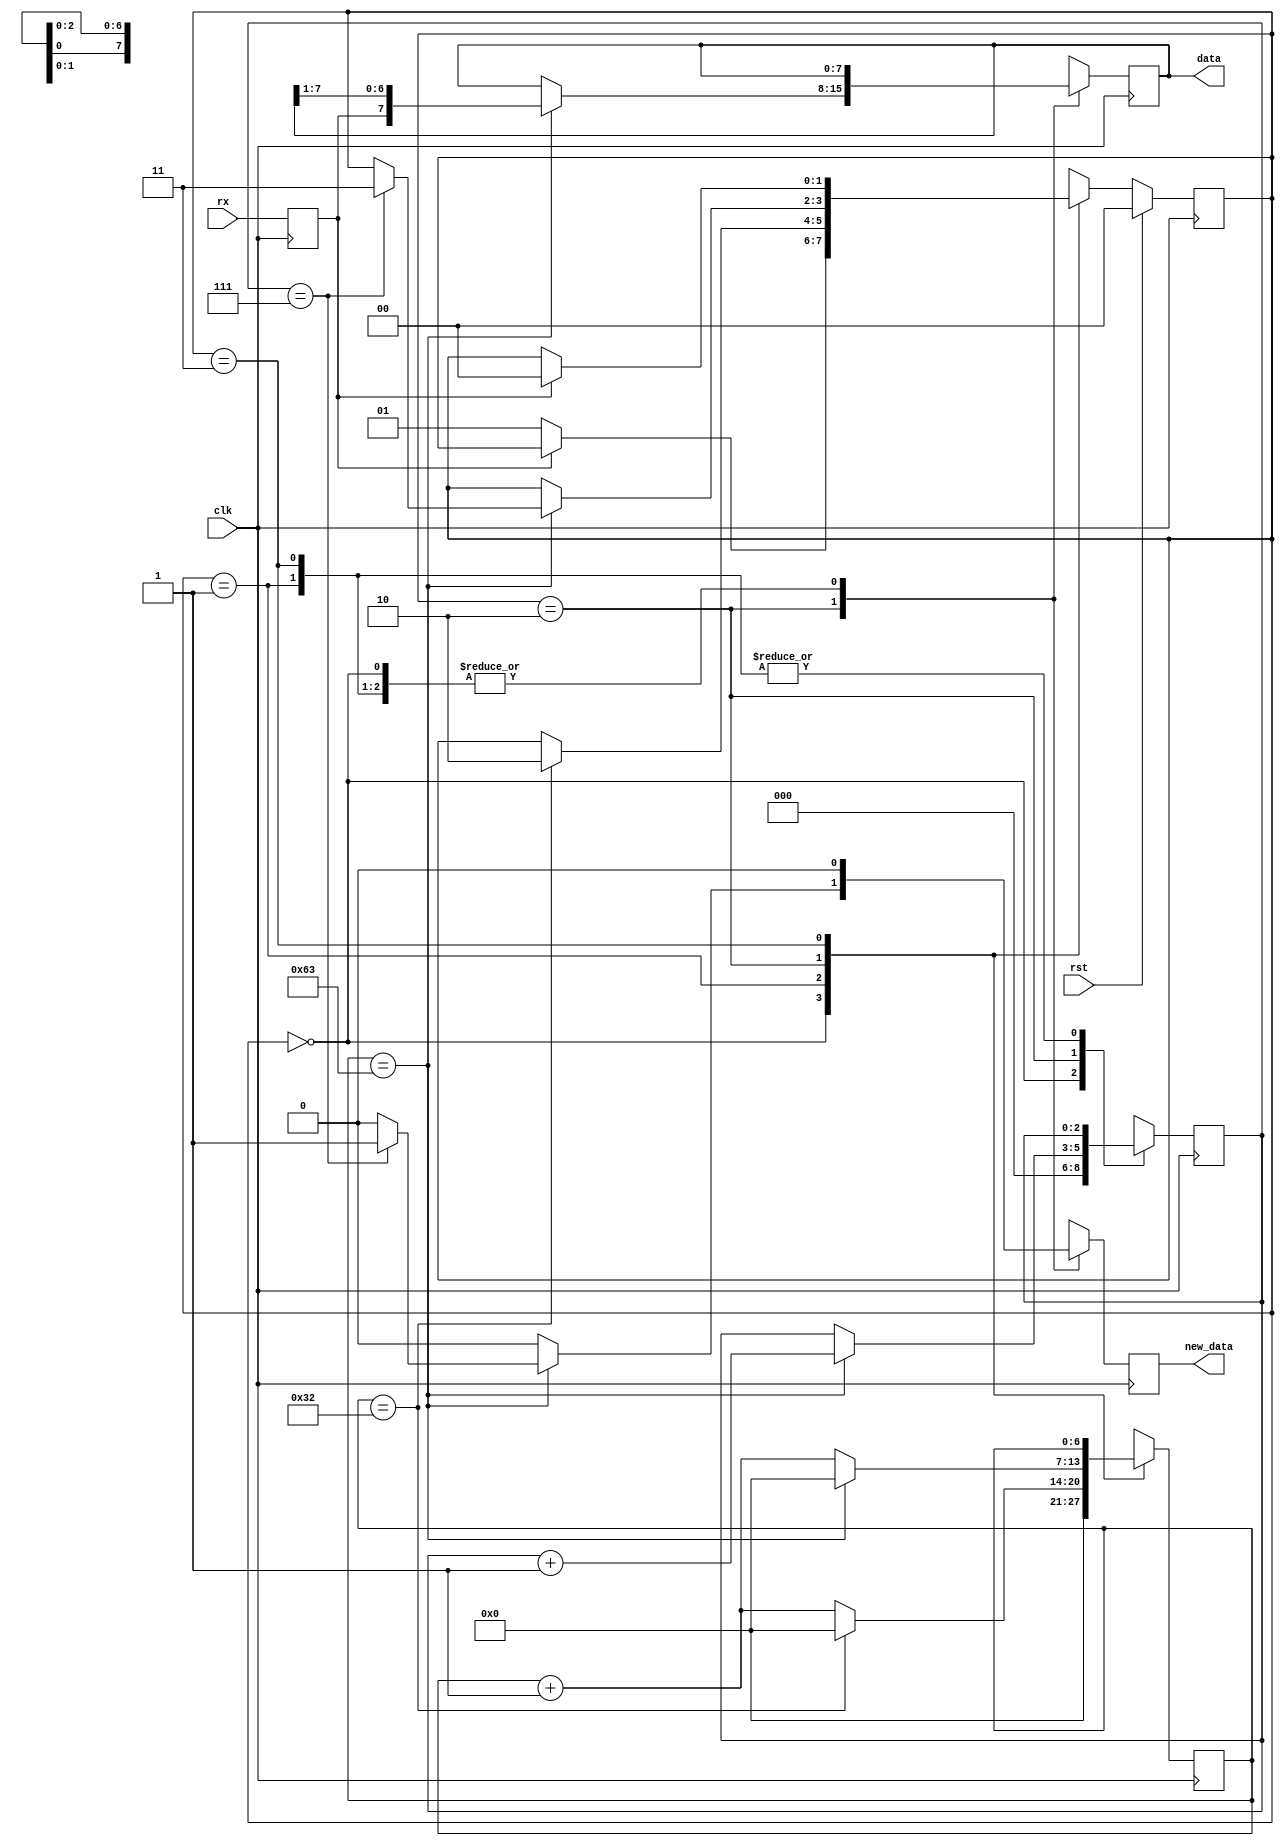
/*
   This file was generated automatically by Alchitry Labs version 1.1.5.
   Do not edit this file directly. Instead edit the original Lucid source.
   This is a temporary file and any changes made to it will be destroyed.
*/

/*
   Parameters:
     CLK_FREQ = CLK_FREQ
     BAUD = BAUD
*/
module uart_rx_12 (
    input clk,
    input rst,
    input rx,
    output reg [7:0] data,
    output reg new_data
  );
  
  localparam CLK_FREQ = 26'h2faf080;
  localparam BAUD = 19'h7a120;
  
  
  localparam CLK_PER_BIT = 28'h0000064;
  
  localparam CTR_SIZE = 3'h7;
  
  localparam IDLE_state = 2'd0;
  localparam WAIT_HALF_state = 2'd1;
  localparam WAIT_FULL_state = 2'd2;
  localparam WAIT_HIGH_state = 2'd3;
  
  reg [1:0] M_state_d, M_state_q = IDLE_state;
  reg [6:0] M_ctr_d, M_ctr_q = 1'h0;
  reg [2:0] M_bitCtr_d, M_bitCtr_q = 1'h0;
  reg [7:0] M_savedData_d, M_savedData_q = 1'h0;
  reg M_newData_d, M_newData_q = 1'h0;
  reg M_rxd_d, M_rxd_q = 1'h0;
  
  always @* begin
    M_state_d = M_state_q;
    M_ctr_d = M_ctr_q;
    M_savedData_d = M_savedData_q;
    M_bitCtr_d = M_bitCtr_q;
    M_newData_d = M_newData_q;
    M_rxd_d = M_rxd_q;
    
    M_rxd_d = rx;
    M_newData_d = 1'h0;
    data = M_savedData_q;
    new_data = M_newData_q;
    
    case (M_state_q)
      IDLE_state: begin
        M_bitCtr_d = 1'h0;
        M_ctr_d = 1'h0;
        if (M_rxd_q == 1'h0) begin
          M_state_d = WAIT_HALF_state;
        end
      end
      WAIT_HALF_state: begin
        M_ctr_d = M_ctr_q + 1'h1;
        if (M_ctr_q == 28'h0000032) begin
          M_ctr_d = 1'h0;
          M_state_d = WAIT_FULL_state;
        end
      end
      WAIT_FULL_state: begin
        M_ctr_d = M_ctr_q + 1'h1;
        if (M_ctr_q == 29'h00000063) begin
          M_savedData_d = {M_rxd_q, M_savedData_q[1+6-:7]};
          M_bitCtr_d = M_bitCtr_q + 1'h1;
          M_ctr_d = 1'h0;
          if (M_bitCtr_q == 3'h7) begin
            M_state_d = WAIT_HIGH_state;
            M_newData_d = 1'h1;
          end
        end
      end
      WAIT_HIGH_state: begin
        if (M_rxd_q == 1'h1) begin
          M_state_d = IDLE_state;
        end
      end
      default: begin
        M_state_d = IDLE_state;
      end
    endcase
  end
  
  always @(posedge clk) begin
    M_ctr_q <= M_ctr_d;
    M_bitCtr_q <= M_bitCtr_d;
    M_savedData_q <= M_savedData_d;
    M_newData_q <= M_newData_d;
    M_rxd_q <= M_rxd_d;
    
    if (rst == 1'b1) begin
      M_state_q <= 1'h0;
    end else begin
      M_state_q <= M_state_d;
    end
  end
  
endmodule